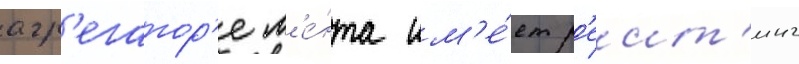
агр'егатор'е л'е́нта им'е́ет р'еит'инг